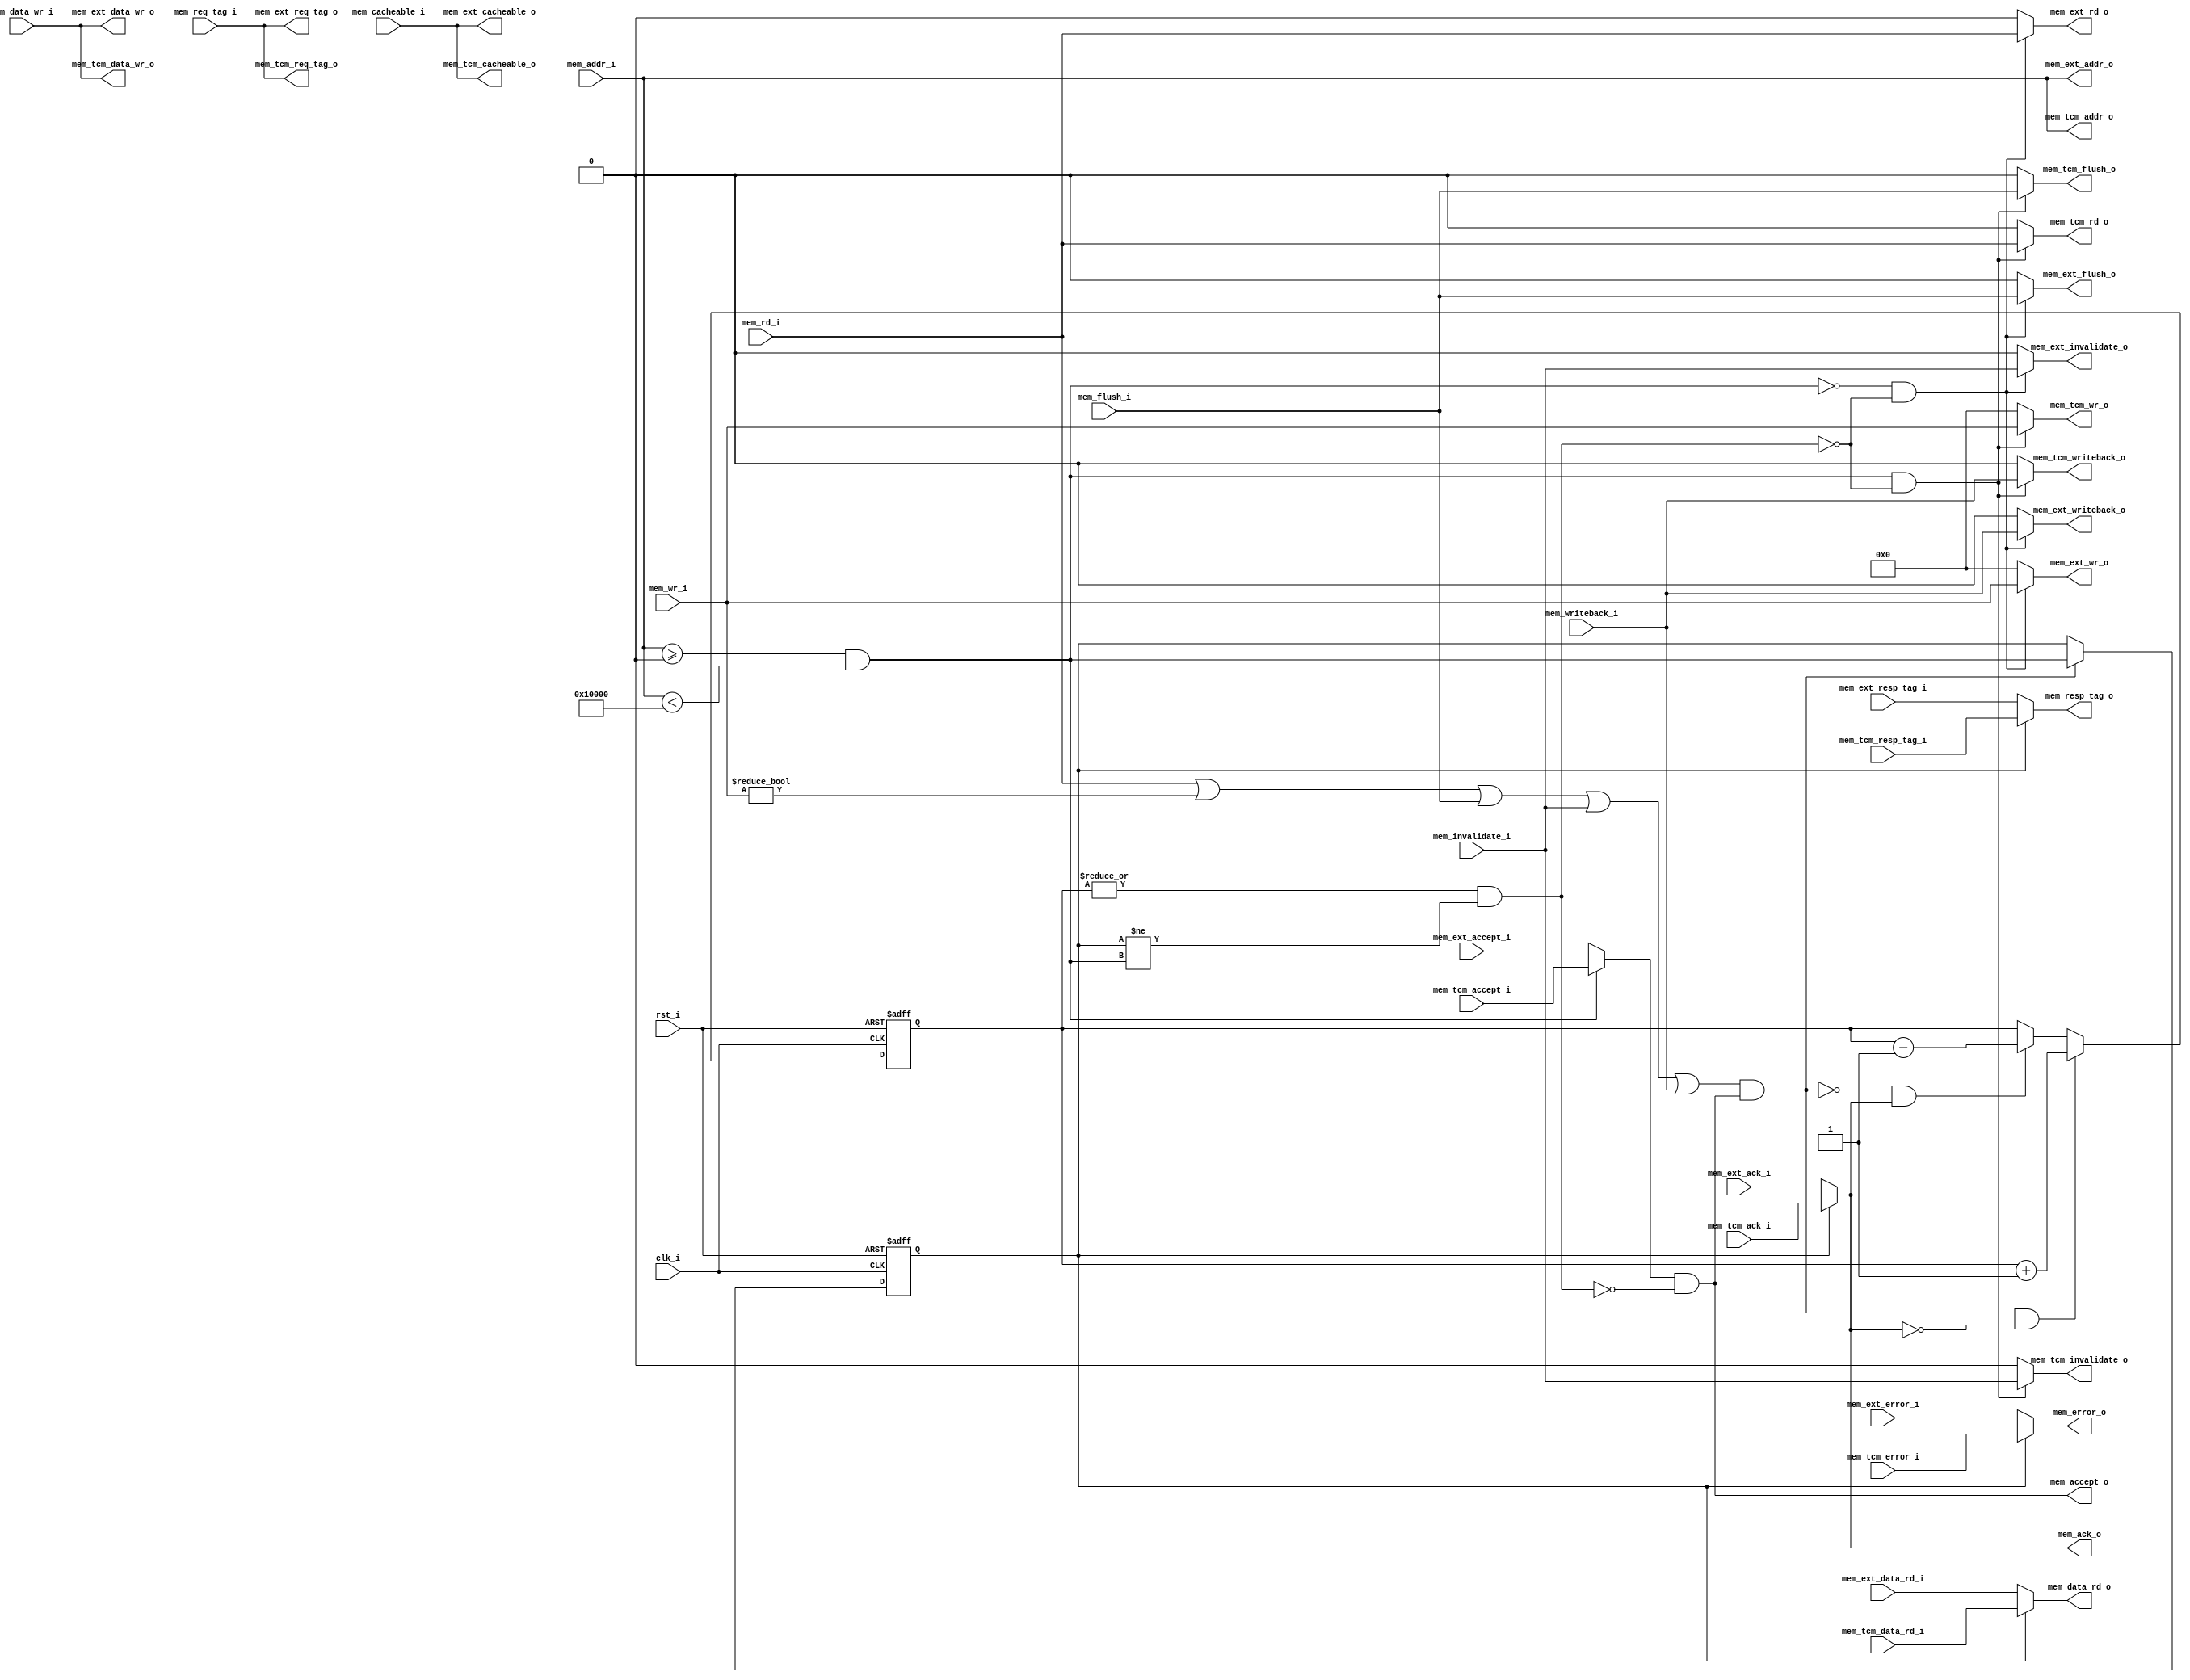
//-----------------------------------------------------------------
//                         biRISC-V CPU
//                            V0.6.0
//                     Ultra-Embedded.com
//                     Copyright 2019-2020
//
//                   admin@ultra-embedded.com
//
//                     License: Apache 2.0
//-----------------------------------------------------------------
// Copyright 2020 Ultra-Embedded.com
// 
// Licensed under the Apache License, Version 2.0 (the "License");
// you may not use this file except in compliance with the License.
// You may obtain a copy of the License at
// 
//     http://www.apache.org/licenses/LICENSE-2.0
// 
// Unless required by applicable law or agreed to in writing, software
// distributed under the License is distributed on an "AS IS" BASIS,
// WITHOUT WARRANTIES OR CONDITIONS OF ANY KIND, either express or implied.
// See the License for the specific language governing permissions and
// limitations under the License.
//-----------------------------------------------------------------

module dport_mux
//-----------------------------------------------------------------
// Params
//-----------------------------------------------------------------
#(
     parameter TCM_MEM_BASE     = 0
)
//-----------------------------------------------------------------
// Ports
//-----------------------------------------------------------------
(
    // Inputs
     input           clk_i
    ,input           rst_i
    ,input  [ 31:0]  mem_addr_i
    ,input  [ 31:0]  mem_data_wr_i
    ,input           mem_rd_i
    ,input  [  3:0]  mem_wr_i
    ,input           mem_cacheable_i
    ,input  [ 10:0]  mem_req_tag_i
    ,input           mem_invalidate_i
    ,input           mem_writeback_i
    ,input           mem_flush_i
    ,input  [ 31:0]  mem_tcm_data_rd_i
    ,input           mem_tcm_accept_i
    ,input           mem_tcm_ack_i
    ,input           mem_tcm_error_i
    ,input  [ 10:0]  mem_tcm_resp_tag_i
    ,input  [ 31:0]  mem_ext_data_rd_i
    ,input           mem_ext_accept_i
    ,input           mem_ext_ack_i
    ,input           mem_ext_error_i
    ,input  [ 10:0]  mem_ext_resp_tag_i

    // Outputs
    ,output [ 31:0]  mem_data_rd_o
    ,output          mem_accept_o
    ,output          mem_ack_o
    ,output          mem_error_o
    ,output [ 10:0]  mem_resp_tag_o
    ,output [ 31:0]  mem_tcm_addr_o
    ,output [ 31:0]  mem_tcm_data_wr_o
    ,output          mem_tcm_rd_o
    ,output [  3:0]  mem_tcm_wr_o
    ,output          mem_tcm_cacheable_o
    ,output [ 10:0]  mem_tcm_req_tag_o
    ,output          mem_tcm_invalidate_o
    ,output          mem_tcm_writeback_o
    ,output          mem_tcm_flush_o
    ,output [ 31:0]  mem_ext_addr_o
    ,output [ 31:0]  mem_ext_data_wr_o
    ,output          mem_ext_rd_o
    ,output [  3:0]  mem_ext_wr_o
    ,output          mem_ext_cacheable_o
    ,output [ 10:0]  mem_ext_req_tag_o
    ,output          mem_ext_invalidate_o
    ,output          mem_ext_writeback_o
    ,output          mem_ext_flush_o
);



//-----------------------------------------------------------------
// Dcache_if mux
//-----------------------------------------------------------------
wire hold_w;

/* verilator lint_off UNSIGNED */
wire tcm_access_w = (mem_addr_i >= TCM_MEM_BASE && mem_addr_i < (TCM_MEM_BASE + 32'd65536));
/* verilator lint_on UNSIGNED */

reg       tcm_access_q;
reg [4:0] pending_q;

assign mem_tcm_addr_o       = mem_addr_i;
assign mem_tcm_data_wr_o    = mem_data_wr_i;
assign mem_tcm_rd_o         = (tcm_access_w & ~hold_w) ? mem_rd_i : 1'b0;
assign mem_tcm_wr_o         = (tcm_access_w & ~hold_w) ? mem_wr_i : 4'b0;
assign mem_tcm_cacheable_o  = mem_cacheable_i;
assign mem_tcm_req_tag_o    = mem_req_tag_i;
assign mem_tcm_invalidate_o = (tcm_access_w & ~hold_w) ? mem_invalidate_i : 1'b0;
assign mem_tcm_writeback_o  = (tcm_access_w & ~hold_w) ? mem_writeback_i : 1'b0;
assign mem_tcm_flush_o      = (tcm_access_w & ~hold_w) ? mem_flush_i : 1'b0;

assign mem_ext_addr_o       = mem_addr_i;
assign mem_ext_data_wr_o    = mem_data_wr_i;
assign mem_ext_rd_o         = (~tcm_access_w & ~hold_w) ? mem_rd_i : 1'b0;
assign mem_ext_wr_o         = (~tcm_access_w & ~hold_w) ? mem_wr_i : 4'b0;
assign mem_ext_cacheable_o  = mem_cacheable_i;
assign mem_ext_req_tag_o    = mem_req_tag_i;
assign mem_ext_invalidate_o = (~tcm_access_w & ~hold_w) ? mem_invalidate_i : 1'b0;
assign mem_ext_writeback_o  = (~tcm_access_w & ~hold_w) ? mem_writeback_i : 1'b0;
assign mem_ext_flush_o      = (~tcm_access_w & ~hold_w) ? mem_flush_i : 1'b0;

assign mem_accept_o         =(tcm_access_w ? mem_tcm_accept_i   : mem_ext_accept_i) & !hold_w;
assign mem_data_rd_o        = tcm_access_q ? mem_tcm_data_rd_i  : mem_ext_data_rd_i;
assign mem_ack_o            = tcm_access_q ? mem_tcm_ack_i      : mem_ext_ack_i;
assign mem_error_o          = tcm_access_q ? mem_tcm_error_i    : mem_ext_error_i;
assign mem_resp_tag_o       = tcm_access_q ? mem_tcm_resp_tag_i : mem_ext_resp_tag_i;

wire   request_w            = mem_rd_i || mem_wr_i != 4'b0 || mem_flush_i || mem_invalidate_i || mem_writeback_i;

reg [4:0] pending_r;
always @ *
begin
    pending_r = pending_q;

    if ((request_w && mem_accept_o) && !mem_ack_o)
        pending_r = pending_r + 5'd1;
    else if (!(request_w && mem_accept_o) && mem_ack_o)
        pending_r = pending_r - 5'd1;
end

always @ (posedge clk_i or posedge rst_i)
if (rst_i)
    pending_q <= 5'b0;
else
    pending_q <= pending_r;

always @ (posedge clk_i or posedge rst_i)
if (rst_i)
    tcm_access_q <= 1'b0;
else if (request_w && mem_accept_o)
    tcm_access_q <= tcm_access_w;

assign hold_w = (|pending_q) && (tcm_access_q != tcm_access_w);



endmodule